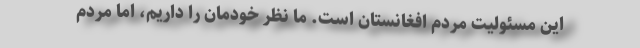
این مسئولیت مردم افغانستان است. ما نظر خودمان را داریم، اما مردم